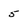
Character: 5